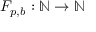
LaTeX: F _ { p , b } : \mathbb { N } \rightarrow \mathbb { N }